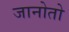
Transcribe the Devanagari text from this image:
जानोतो